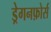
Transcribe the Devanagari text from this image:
ड्रेगनफ़ोर्स